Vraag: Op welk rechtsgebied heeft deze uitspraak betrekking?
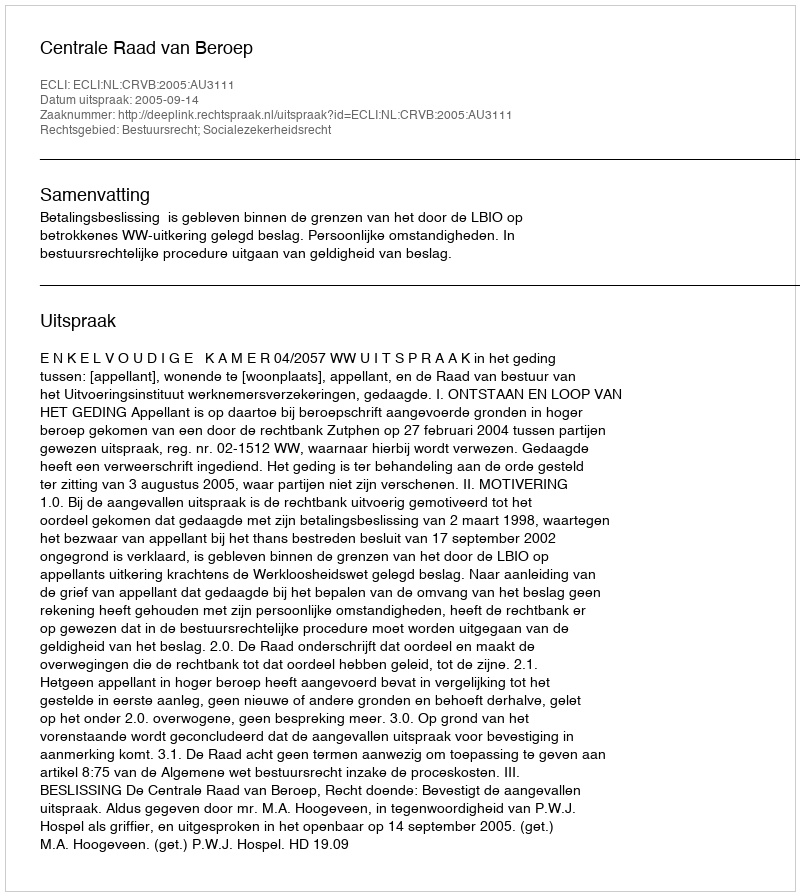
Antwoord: Bestuursrecht; Socialezekerheidsrecht